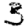
Digit: 3